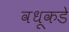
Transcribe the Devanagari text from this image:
वधूकडे